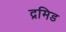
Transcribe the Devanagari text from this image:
द्रमिड